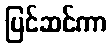
ပြင်ဆင်ကာ